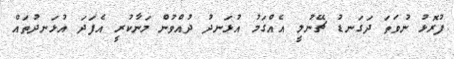
ފުރޮޅު ނުވަތަ ދަގަނޑު ޗޭނުލީ އެއްގަމު އުޅަނދު ދުއްވުން މަނާކުރީ އެފަދަ އުޅަނދުތައް